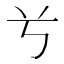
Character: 𠔃